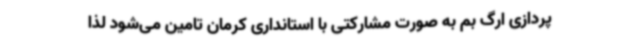
پردازی ارگ بم به صورت مشارکتی با استانداری کرمان تامین می‌شود لذا